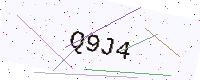
Text: Q9J4